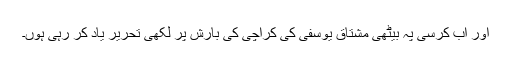
اور اب کرسی پہ بیٹھی مشتاق یوسفی کی کراچی کی بارش پر لکھی تحریر یاد کر رہی ہوں۔